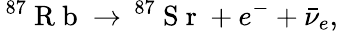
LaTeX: \, ^{87}\mathrm{~R~b~}\to\, ^{87}\mathrm{~S~r~}+e^{-}+\bar{\nu}_{e},